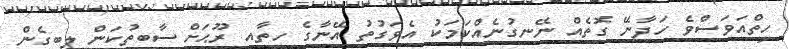
ހިތްއަވަސްވެ ހަދާނޭ ގޮތެއް ނޭނގުނެއްކަމަކު އެވަގުތު އޭނާގެ ހިތާއި ރޫޙަށް ސާބިތުކަން ލިބިގެން